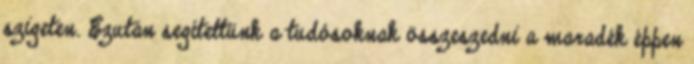
szigeten. Ezután segítettünk a tudósoknak összeszedni a maradék éppen